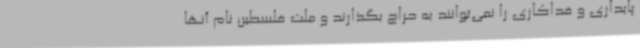
پایداری و فداکاری را نمی‌توانند به حراج بگذارند و ملت فلسطین نام آنها